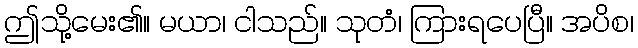
ဤသို့မေး၏။ မယာ၊ ငါသည်။ သုတံ၊ ကြားရပေပြီ။ အပိစ၊